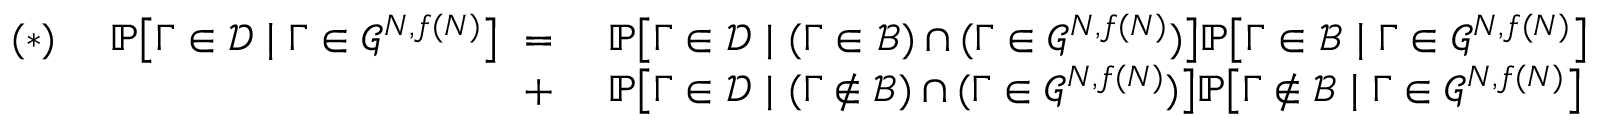
\begin{array} { r l } { ( * ) \ \ \ \ \mathbb P \big [ \Gamma \in \mathcal D \mid \Gamma \in \mathcal G ^ { N , f ( N ) } \big ] \ = \ } & { \mathbb P \big [ \Gamma \in \mathcal D \ | \ ( \Gamma \in \mathcal B ) \cap ( \Gamma \in \mathcal G ^ { N , f ( N ) } ) \big ] \mathbb P \big [ \Gamma \in \mathcal B \mid \Gamma \in \mathcal G ^ { N , f ( N ) } \big ] } \\ { + \ } & { \mathbb P \big [ \Gamma \in \mathcal D \ | \ ( \Gamma \not \in \mathcal B ) \cap ( \Gamma \in \mathcal G ^ { N , f ( N ) } ) \big ] \mathbb P \big [ \Gamma \not \in \mathcal B \mid \Gamma \in \mathcal G ^ { N , f ( N ) } \big ] } \end{array}